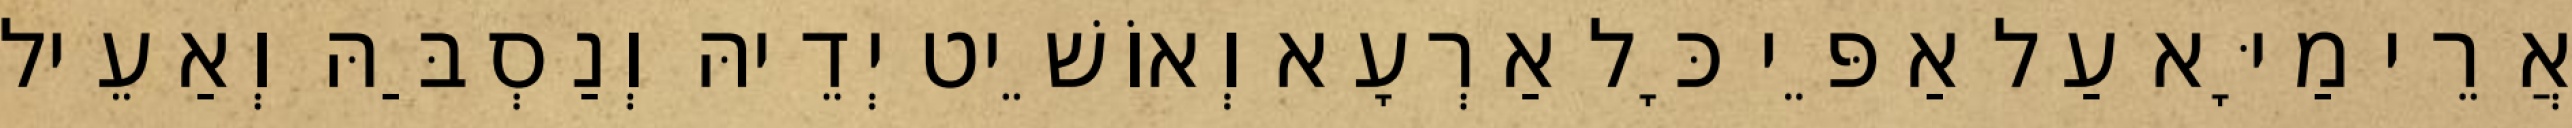
אֲרֵי מַיָּא עַל אַפֵּי כָּל אַרְעָא וְאוֹשֵׁיט יְדֵיהּ וְנַסְבַּהּ וְאַעֵיל